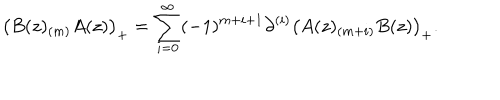
LaTeX: \bigl ( B ( z ) _ { ( m ) } A ( z ) \bigr ) _ { + } = \sum _ { i = 0 } ^ { \infty } ( - 1 ) ^ { m + i + 1 } \partial ^ { ( i ) } \bigl ( A ( z ) _ { ( m + i ) } B ( z ) \bigr ) _ { + } .